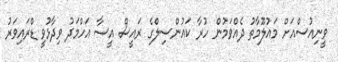
ވީނިއުސްއަށް މައުލޫމާތު ދެއްވަމުން ހުރާ ކައުންސިލްގެ ރައީސް އީސާ އަހްމަދު ވިދާޅުވީ ޑްރައިވަރު